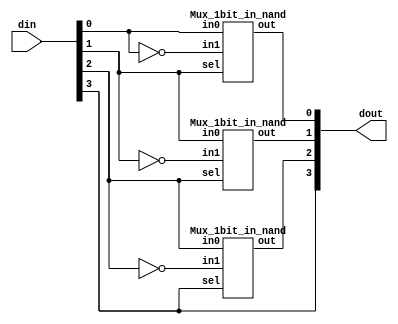
`timescale 1ns/1ps

module Binary_to_Grey (din, dout);

input [4-1:0] din;
output [4-1:0] dout;

wire [4-1:0] din_n;

nand nand0 (din_n[0], din[0], din[0]);
nand nand1 (din_n[1], din[1], din[1]);
nand nand2 (din_n[2], din[2], din[2]);
nand nand3 (din_n[3], din[3], din[3]);

// output[3] equal to input[3]
nand nand4 (dout[3], din_n[3], din_n[3]);

// output[2] control by input [3]
Mux_1bit_in_nand mux0 (
  .in0(din[2]),
  .in1(din_n[2]),
  .sel(din[3]),
  .out(dout[2])
);

// output[1] control by input[2]
Mux_1bit_in_nand mux1 (
  .in0(din[1]),
  .in1(din_n[1]),
  .sel(din[2]),
  .out(dout[1])
);

// output[0] control by input[1]
Mux_1bit_in_nand mux2 (
  .in0(din[0]),
  .in1(din_n[0]),
  .sel(din[1]),
  .out(dout[0])
);

endmodule


module Mux_1bit_in_nand (out, in1, in0, sel);

input in0;
input in1;
input sel;
output out;

wire sel_n;
wire nand_in_0;
wire nand_in_1;

nand (sel_n, sel);
nand nand0 (nand_in_1, in1, sel);
nand nand1 (nand_in_0, in0, sel_n);
nand nand2 (out, nand_in_1, nand_in_0);

endmodule